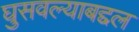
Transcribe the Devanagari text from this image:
घुसवल्याबद्दल